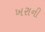
ખરાની